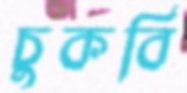
চুকবি